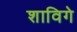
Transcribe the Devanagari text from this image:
शाविगे